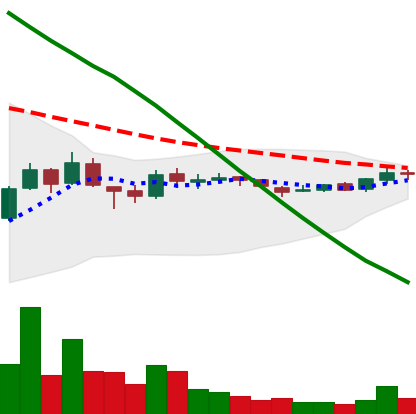
Ticker: ADA-USD
Chart end date: 2018-10-09
Forward return: -17.444%
Label: down_7plus